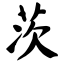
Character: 茨